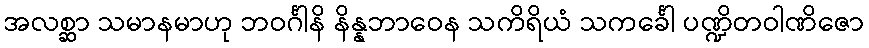
အလစ္ဆာ သမာနမာဟု ဘဝင်္ဂါနိ နိန္နဘာဝေန သကိရိယံ သကင်္ခေါ ပဏ္ဍိတဝါဏိဇော